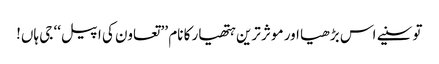
تو سنیے اس بڑھیا اور موثر ترین ہتھیار کا نام ’’ تعاون کی اپیل‘‘ جی ہاں!